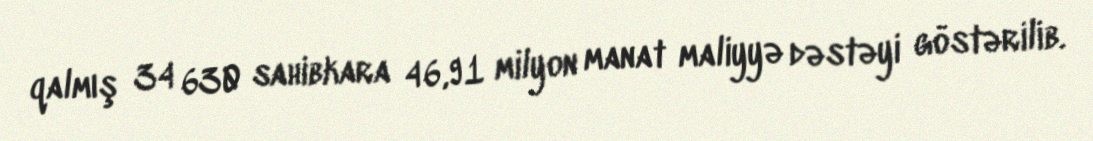
qalmış 34 630 sahibkara 46,91 milyon manat maliyyə dəstəyi göstərilib.